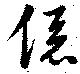
係